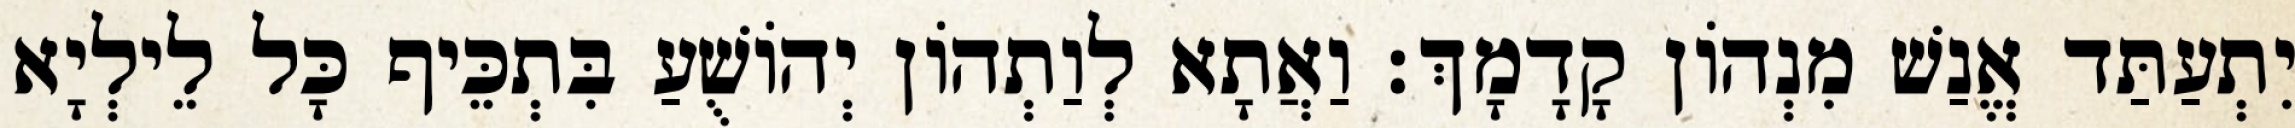
יִתְעַתַּד אֱנַשׁ מִנְהוֹן קָדָמָךְ׃ וַאֲתָא לְוַתְהוֹן יְהוֹשֻׁעַ בִּתְכֵּיף כָּל לֵילְיָא